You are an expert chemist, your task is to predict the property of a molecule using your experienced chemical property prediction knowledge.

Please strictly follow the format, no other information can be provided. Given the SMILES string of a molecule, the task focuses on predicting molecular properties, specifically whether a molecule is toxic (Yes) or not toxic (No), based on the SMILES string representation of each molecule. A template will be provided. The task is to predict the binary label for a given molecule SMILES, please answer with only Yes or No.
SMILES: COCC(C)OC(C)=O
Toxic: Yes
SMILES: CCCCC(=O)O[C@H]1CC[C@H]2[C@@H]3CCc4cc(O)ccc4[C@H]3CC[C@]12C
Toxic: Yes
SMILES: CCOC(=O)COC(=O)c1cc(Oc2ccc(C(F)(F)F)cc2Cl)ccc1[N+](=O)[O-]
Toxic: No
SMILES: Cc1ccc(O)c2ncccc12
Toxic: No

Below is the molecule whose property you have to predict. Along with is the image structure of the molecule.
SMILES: CC(C)NC(=O)c1ccc(C=O)cc1
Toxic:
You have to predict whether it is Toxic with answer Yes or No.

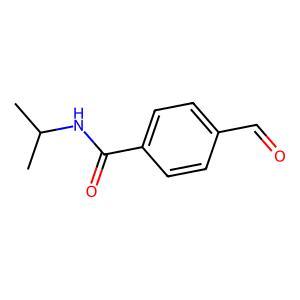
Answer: No